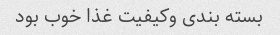
بسته بندی وکیفیت غذا خوب بود